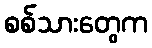
စစ်သားတွေက